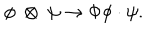
LaTeX: \phi ~ \otimes ~ \psi \rightarrow \Phi \phi \cdot \psi .